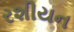
રશીયન